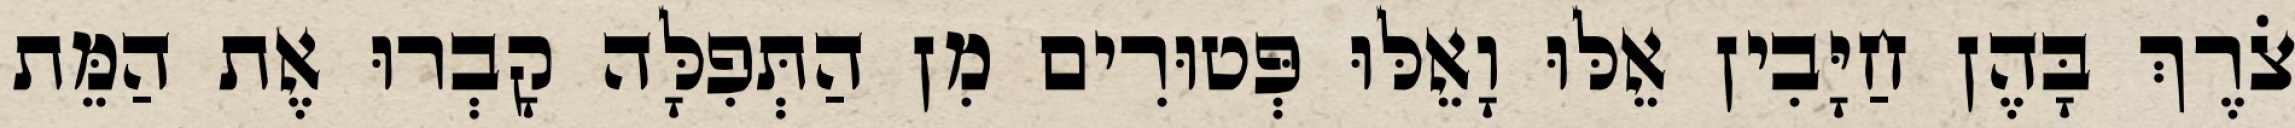
צֹרֶךְ בָּהֶן חַיָּבִין אֵלּוּ וָאֵלּוּ פְּטוּרִים מִן הַתְּפִלָּה קָבְרוּ אֶת הַמֵּת